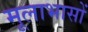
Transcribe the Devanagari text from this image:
मूलाभासों